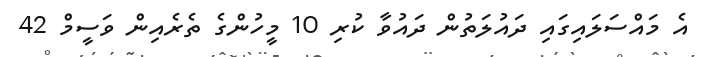
އެ މައްސަލައިގައި ދައުލަތުން ދައުވާ ކުރި 10 މީހުންގެ ތެރެއިން ވަސީމް 42